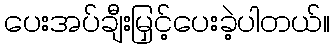
ပေးအပ်ချီးမြှင့်ပေးခဲ့ပါတယ်။